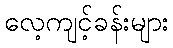
လေ့ကျင့်ခန်းများ